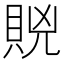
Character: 𧵮